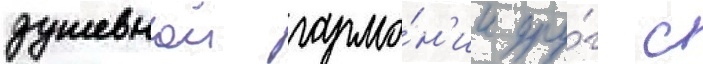
душевнои гармо́н'ии дру́г с